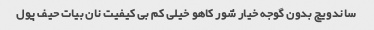
ساندویچ بدون گوجه خیار شور کاهو خیلی کم بی کیفیت نان بیات حیف پول